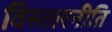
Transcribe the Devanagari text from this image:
विस्तारनीति